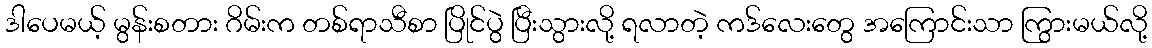
ဒါပေမယ့် မွန်းစတား ဂိမ်းက တစ်ရာသီစာ ပြိုင်ပွဲ ပြီးသွားလို့ ရလာတဲ့ ကဒ်လေးတွေ အကြောင်းသာ ကြွားမယ်လို့